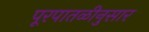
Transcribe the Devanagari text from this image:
पूरपातळीनुसार